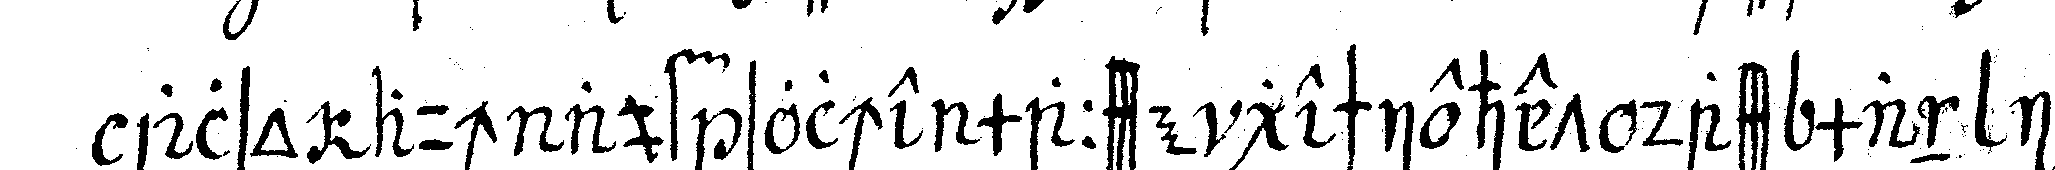
also auch auf solche maasse geschiehet dass man ihm